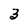
Character: 3